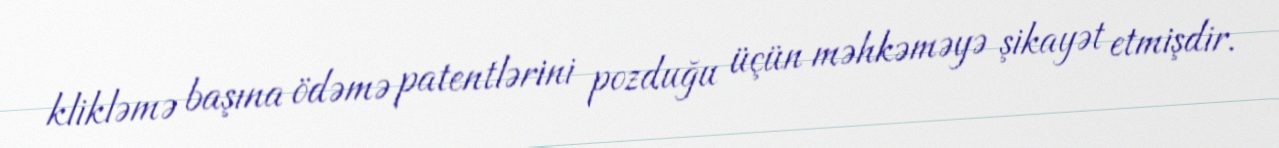
klikləmə başına ödəmə patentlərini pozduğu üçün məhkəməyə şikayət etmişdir.